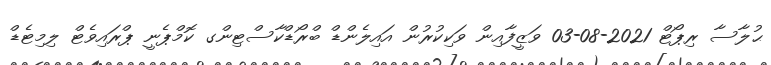
ޙުލާސާ ރިޕޯޓް 2021-08-03 ވަޒީފާއިން ވަކިކުރުން އައިލެންޑް ބްރޯޑްކާސްޓިންގ ކޮމްޕެނީ ޕްރައިވެޓް ލިމިޓެޑް